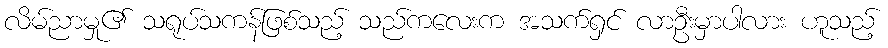
လိမ်ညာမှု၏ သရုပ်သကန်ဖြစ်သည့် သည်ကလေးက အသက်ရှင် လာဦးမှာပါလား ဟူသည့်